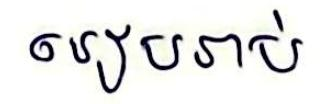
រៀបរាប់